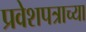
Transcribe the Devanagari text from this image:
प्रवेशपत्राच्या